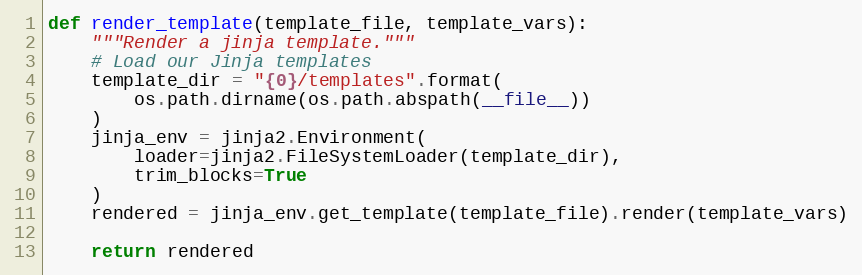
Language: Python
def render_template(template_file, template_vars):
    """Render a jinja template."""
    # Load our Jinja templates
    template_dir = "{0}/templates".format(
        os.path.dirname(os.path.abspath(__file__))
    )
    jinja_env = jinja2.Environment(
        loader=jinja2.FileSystemLoader(template_dir),
        trim_blocks=True
    )
    rendered = jinja_env.get_template(template_file).render(template_vars)

    return rendered